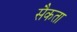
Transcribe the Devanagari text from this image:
सैकता